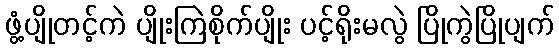
ဖွံ့ပျိုတင့်ကဲ ပျိုးကြဲစိုက်ပျိုး ပင့်ရိုးမလွဲ ပြိုကွဲပြိုပျက်